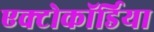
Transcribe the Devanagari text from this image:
एक्टोकॉर्डिया